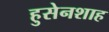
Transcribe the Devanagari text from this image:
हुसेनशाह